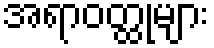
အရာဝတ္ထုများ